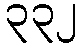
၃၃၂